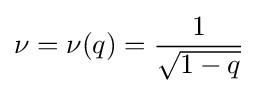
\nu =\nu (q)={\frac {1}{\sqrt {1-q}}}